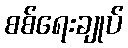
စစ်ရေးချုပ်